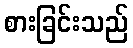
စားခြင်းသည်